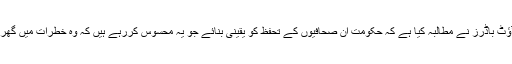
رپورٹرز ود آؤٹ باڈرز نے مطالبہ کیا ہے کہ حکومت ان صحافیوں کے تحفظ کو یقینی بنائے جو یہ محسوس کررہے ہیں کہ وہ خطرات میں گھرے ہوئے ہیں۔